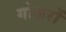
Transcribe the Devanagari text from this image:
गोजरों